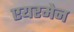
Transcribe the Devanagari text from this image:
एयरमेन